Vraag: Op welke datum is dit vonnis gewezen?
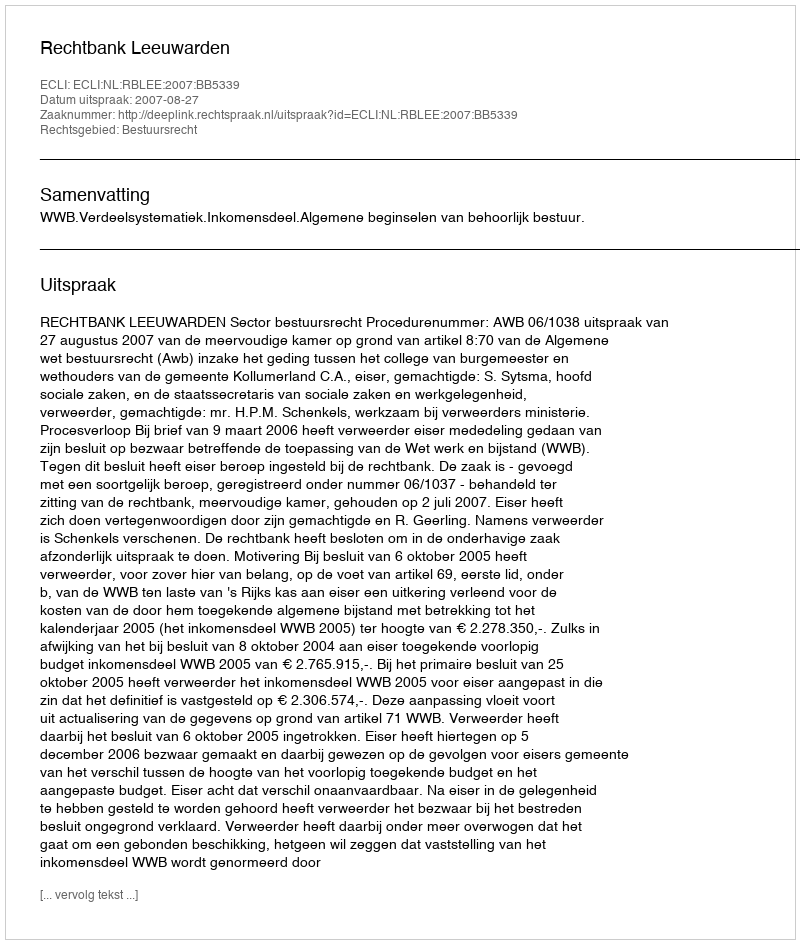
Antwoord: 2007-08-27